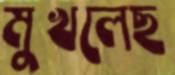
মুখলেছ